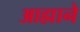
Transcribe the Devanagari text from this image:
आह्माने